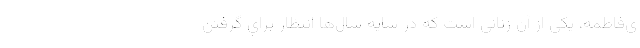
ي‌فاطمه، يكي از آن زناني است كه در سايه سال‌ها انتظار براي گرفتن